Indian Medical Review
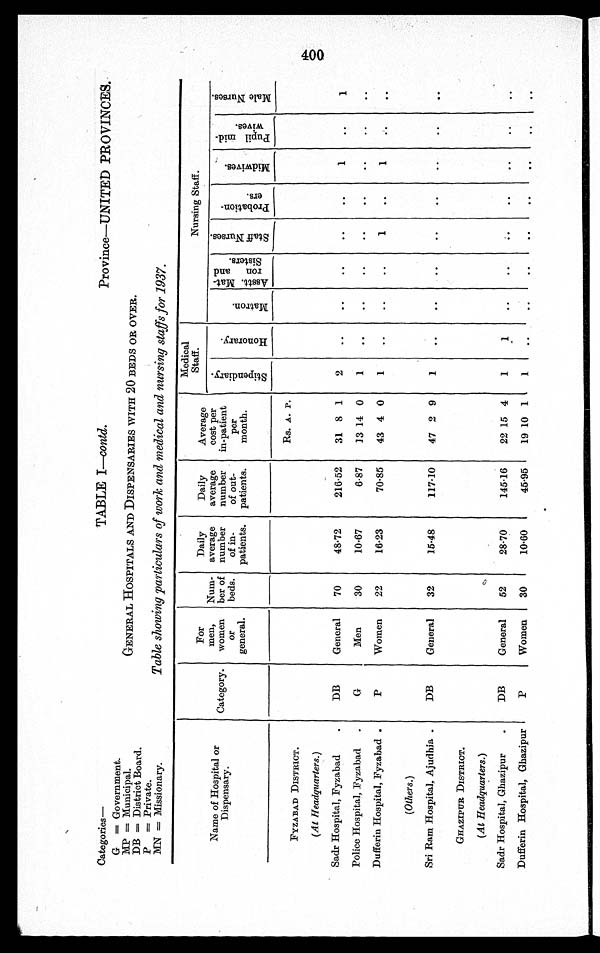
Province—UNITED PROVINCES.
Categories—
G=Government.
MP=Municipal.
DB=District Board.
P=Private.
MN=Missionary.
400
TABLE I—contd.
GENERAL HOSPITALS AND DISPENSARIES WITH 20 BEDS OR OVER.
Table showing particulars of work and medical and nursing staffs for 1937.
Medical
Staff.
Nursing Staff.
Name of Hospital or
Dispensary.
Category.
For
men,
women
Or
general.
Num-
ber of
beds.
Daily
average
number
of in-
patients.
Daily
average
number
of out-
patients.
Average
cost per
in-patient
per
month.
S t i p e n d i a r y .
H o n o r a r y .
M a t r o n A s s t . M a t -
r o n a n d
S i s t e r s .
S t a f f N u r s e s .
P r o b a t i o n -
e r s .
M i d w i v e s .
P u p i l m i d -
w i v e s .
M a l e N u r s e s .
FYZABAD DISTRICT.
Rs. A. P.
(At Headquarters.)
Sadr Hospital, Fyzabad
DB
General 70
48.72
216.52 31 8 1 2
1
1
Police Hospital, Fyzabad
G
Men
30
10.67
6.87 13 14 0 1
Dufferin Hospital, Fyzabad
P
Women 22
16.23
70.85 43 4 0 1
1
1
(Others.)
Sri Ram Hospital, Ajudhia
DB
General 32
15.48
117.10 47 2 9 1
GHAZIPURD I S T R I C T .
(At Headquarters.)
Sadr Hospital, Ghazipur
DB
General 52
28.70
145.16 22 15 4 1
1
Dufferin Hospital, Ghazipur
P
Women 30
10.60
45.95 19 10 1 1